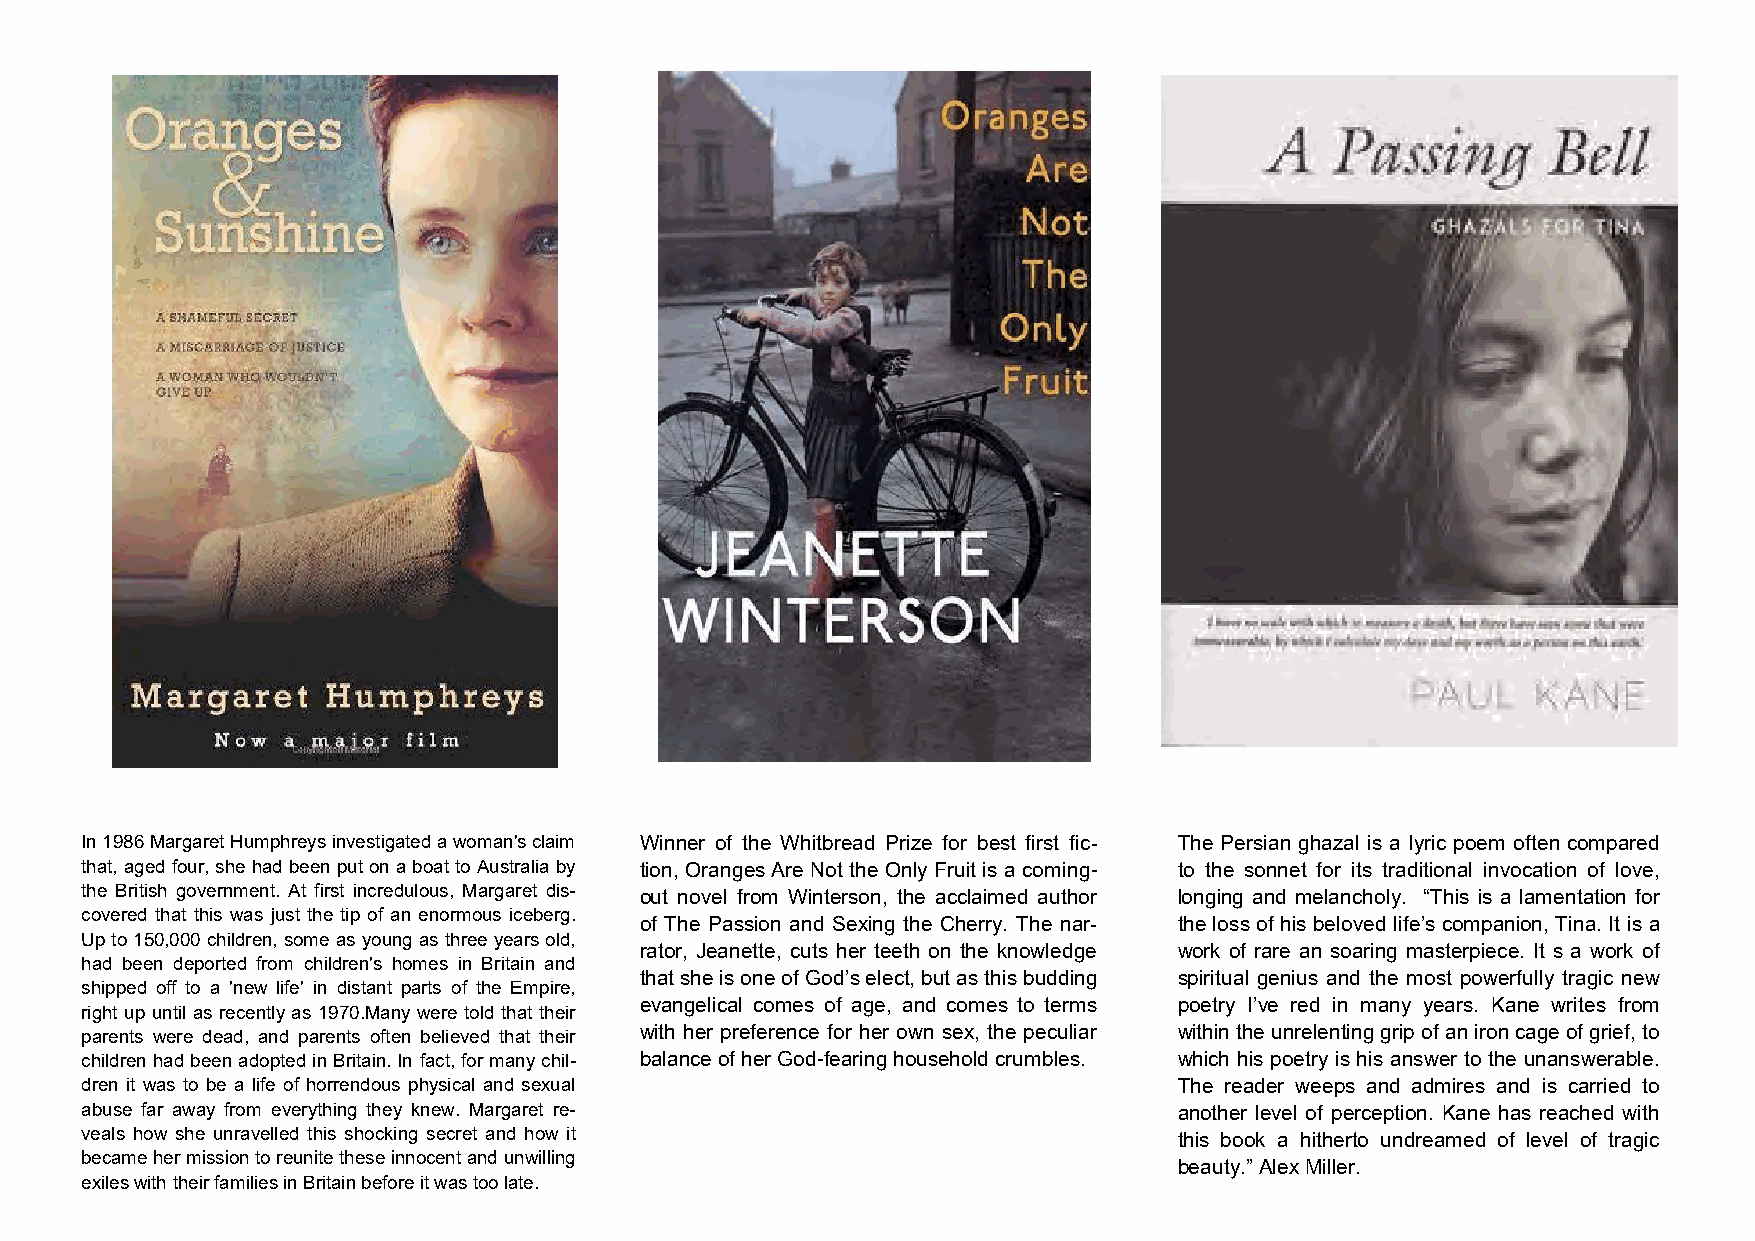
In 1986 Margaret Humphreys investigated a woman's claim Winner of the Whitbread Prize for best first fic- The Persian ghazal is a lyric poem often compared
 that, aged four, she had been put on a boat to Australia by tion, Oranges Are Not the Only Fruit is a coming- to the sonnet for its traditional invocation of love,
 the British government. At first incredulous, Margaret dis- out novel from Winterson, the acclaimed author longing and melancholy. “This is a lamentation for
 covered that this was just the tip of an enormous iceberg.
 of The Passion and Sexing the Cherry. The nar- the loss of his beloved life’s companion, Tina. It is a
 Up to 150,000 children, some as young as three years old,
 rator, Jeanette, cuts her teeth on the knowledge work of rare an soaring masterpiece. It s a work of
 had been deported from children's homes in Britain and
 that she is one of God’s elect, but as this budding spiritual genius and the most powerfully tragic new
 shipped off to a 'new life' in distant parts of the Empire,
 evangelical comes of age, and comes to terms poetry I’ve red in many years. Kane writes from
 right up until as recently as 1970.Many were told that their
 parents were dead, and parents often believed that their with her preference for her own sex, the peculiar within the unrelenting grip of an iron cage of grief, to
 children had been adopted in Britain. In fact, for many chil- balance of her God-fearing household crumbles. which his poetry is his answer to the unanswerable.
 dren it was to be a life of horrendous physical and sexual               The reader weeps and admires and is carried to
 abuse far away from everything they knew. Margaret re-                   another level of perception. Kane has reached with
 veals how she unravelled this shocking secret and how it                 this book a hitherto undreamed of level of tragic
 became her mission to reunite these innocent and unwilling
 beauty.” Alex Miller.
 exiles with their families in Britain before it was too late.